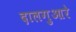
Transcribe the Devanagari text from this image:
दालगुआरे